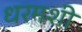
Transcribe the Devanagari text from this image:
धरमशी